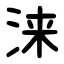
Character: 涞